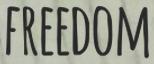
FREEDOM